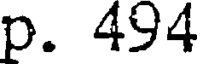
p. 494